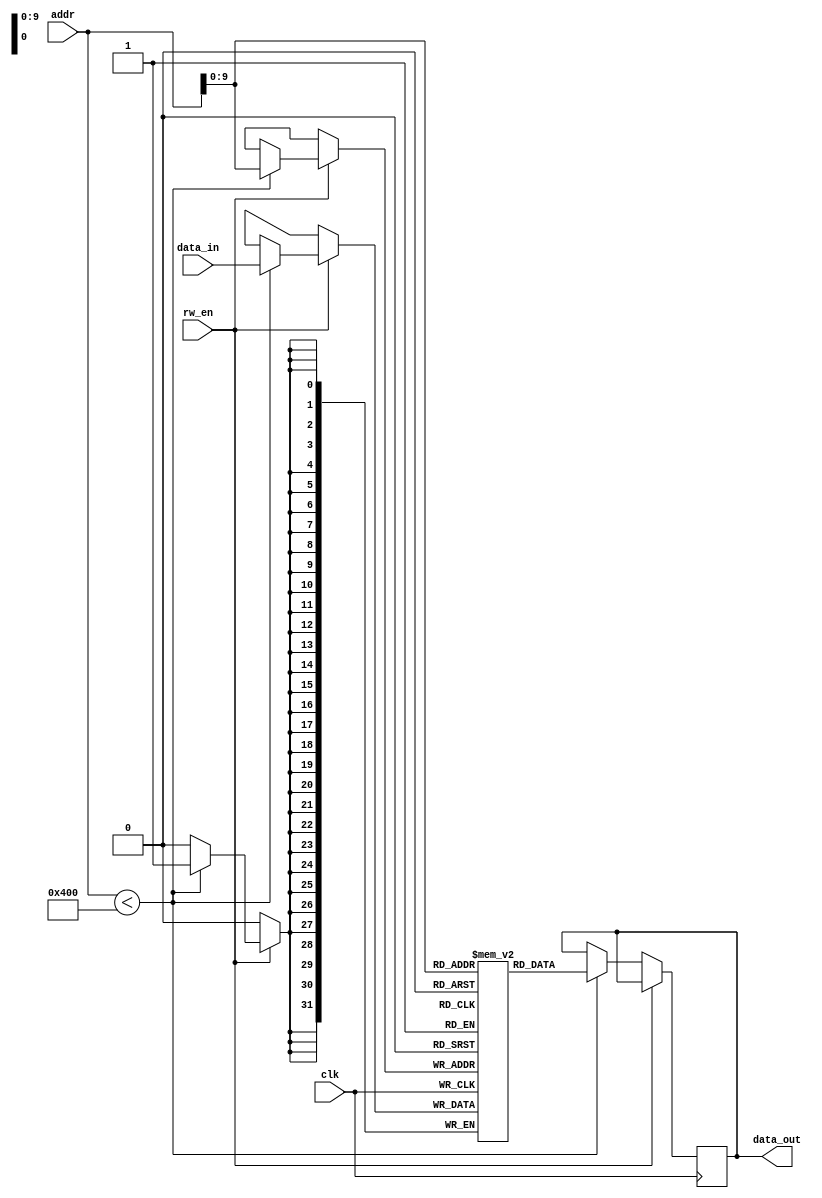
module dual_port_RAM (
  input wire clk,
  input wire rw_en,
  input wire [31:0] addr,
  input wire [31:0] data_in,
  output reg [31:0] data_out
);

reg [31:0] mem [0:1023]; // 1024x32-bit dual-port RAM

always @ (posedge clk) begin
  if (rw_en) begin
    if (addr < 1024) begin
      if (rw_en) begin
        mem[addr] <= data_in;
      end
    end
  end
end

always @ (posedge clk) begin
  if (!rw_en) begin
    if (addr < 1024) begin
      data_out <= mem[addr];
    end
  end
end

endmodule